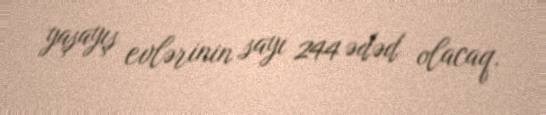
yaşayış evlərinin sayı 244 ədəd olacaq.